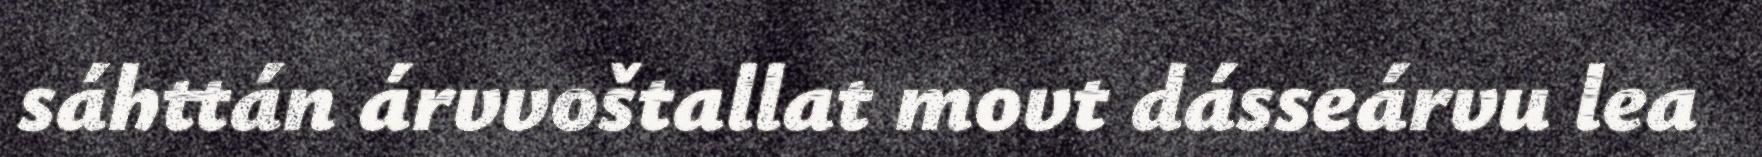
sáhttán árvvoštallat movt dásseárvu lea